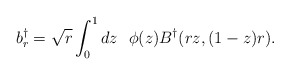
\begin{align*}b_r^{\dagger}= \sqrt{r}\int_0^1 dz\ \ \phi(z) B^{\dagger}(rz,(1-z)r).\end{align*}